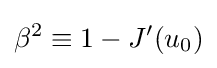
\beta ^{2}\equiv 1-J'(u_{0})